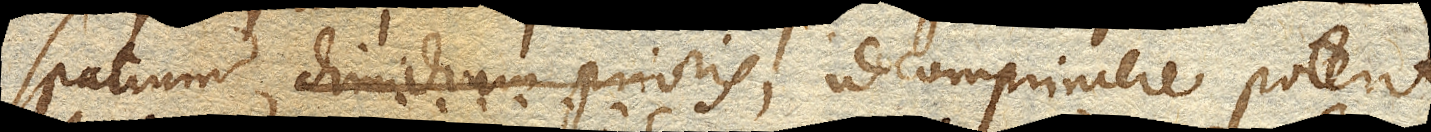
spatium dimidium prioris, id comprimere poterit